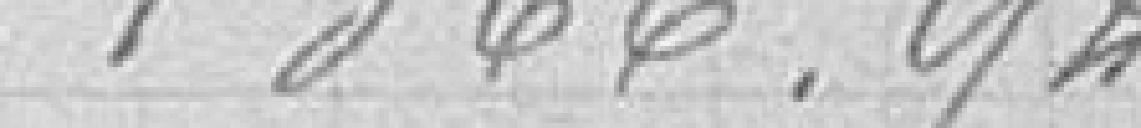
1366,98